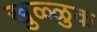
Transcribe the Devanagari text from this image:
खुळ्ळुक